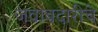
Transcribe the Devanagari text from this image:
जवाबदारीचे